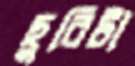
ছুরিটা